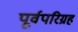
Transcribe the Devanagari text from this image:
पूर्वपरिग्रह